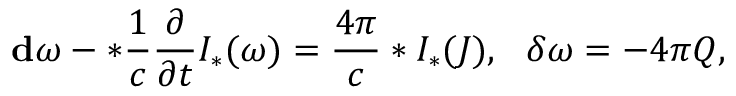
{ \bf d } \omega - * \frac { 1 } { c } \frac { \partial } { \partial t } { \cal I } _ { * } ( \omega ) = \frac { 4 \pi } { c } * { \cal I } _ { * } ( { \cal J } ) , \ \ \delta \omega = - 4 \pi { \cal Q } ,